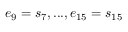
e _ { 9 } = s _ { 7 } , . . . , e _ { 1 5 } = s _ { 1 5 }